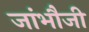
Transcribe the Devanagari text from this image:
जांभौजी